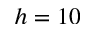
h = 1 0